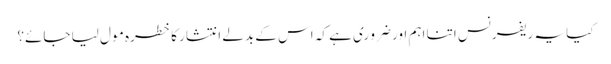
کیا یہ ریفرنس اتنا اہم اور ضرو ری ہے کہ اس کے بدلے انتشار کا خطرہ مو ل لیا جائے؟